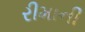
રીમાની